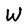
Character: W